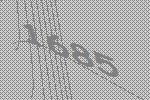
1685